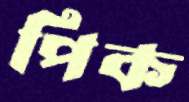
পিক